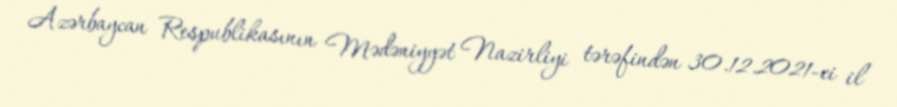
Azərbaycan Respublikasının Mədəniyyət Nazirliyi tərəfindən 30.12.2021-ci il